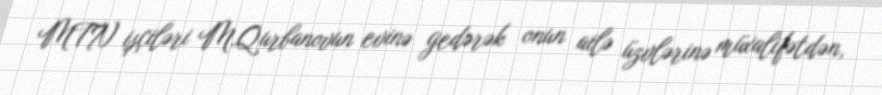
MTN işçiləri M.Qurbanovun evinə gedərək onun ailə üzvlərinə müxalifətdən,